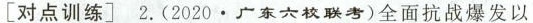
[对点训练]2.(2020·广东六校联考)全面抗战爆发以